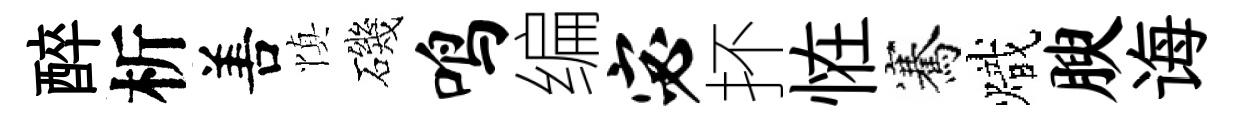
醉析𠵊慎磯鸣编宓抔恠騫熾腴诲